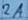
Text: 2A